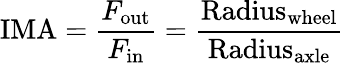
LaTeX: \mathrm{IMA}={\frac{F_{\mathrm{out}}}{F_{\mathrm{in}}}}={\frac{\mathrm{Radius}_{\mathrm{wheel}}}{\mathrm{Radius}_{\mathrm{axle}}}}